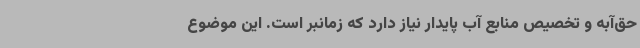
حق‌آبه و تخصیص منابع آب پایدار نیاز دارد که زمانبر است. این موضوع